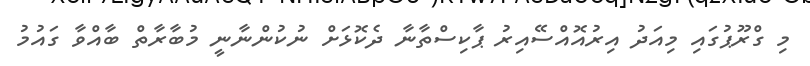
މި ގްރޫޕުގައި މިއަދު އިރުއޮއްސޭއިރު ޕާކިސްތާނާ ދެކޮޅަށް ނުކުންނާނީ މުބާރާތް ބާއްވާ ގައުމު